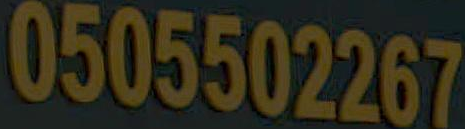
0505502267